Code of medical and sanitary regulations for the guidance of medical officers serving in the Madras Presidency - Volume II
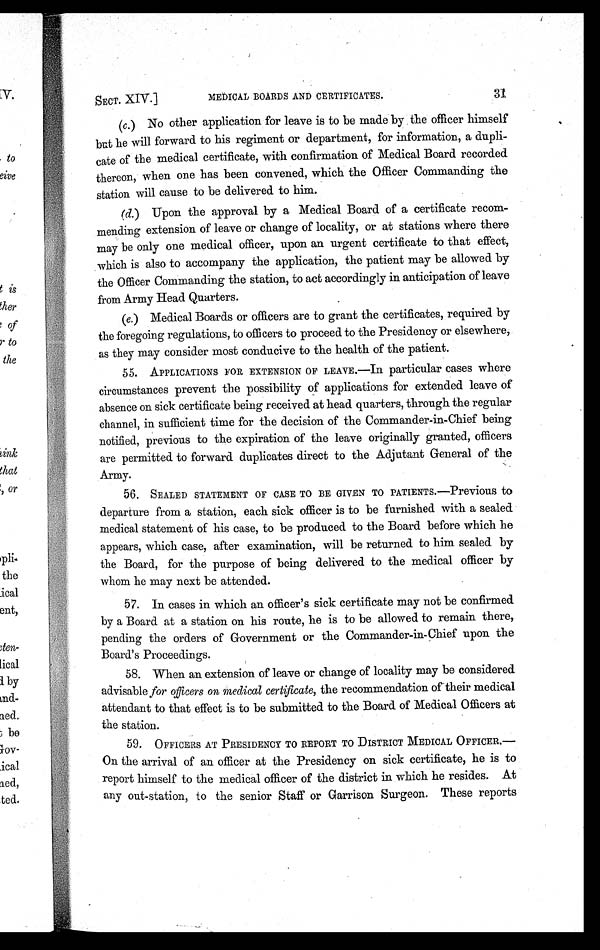
SECT. XIV.]
MEDICAL BOARDS AND CERTIFICATES.
31
(c.) No other application for leave is to be made by the officer himself
but he will forward to his regiment or department, for information, a dupli-
cate of the medical certificate, with confirmation of Medical Board recorded
thereon, when one has been convened, which the Officer Commanding the
station will cause to be delivered to him.
(d.) Upon the approval by a Medical Board of a certificate recom-
mending extension of leave or change of locality, or at stations where there
may be only one medical officer, upon an urgent certificate to that effect,
which is also to accompany the application, the patient may be allowed by
the Officer Commanding the station, to act accordingly in anticipation of leave
from Army Head Quarters.
(e.) Medical Boards or officers are to grant the certificates, required by
the foregoing regulations, to officers to proceed to the Presidency or elsewhere,
as they may consider most conducive to the health of the patient.
5 5 . A P P L I C A T I O N S F O R E X T E N S I O N O F L E A V E . — I nparticular cases where
circumstances prevent the possibility of applications for extended leave of
absence on sick certificate being received at head quarters, through the regular
channel, in sufficient time for the decision of the Commander-in-Chief being
notified, previous to the expiration of the leave originally granted, officers
are permitted to forward duplicates direct to the Adjutant General of the
Army.
56. SEALED STATEMENT OF CASE TO BE GIVEN TO PATIENTS.—Previous to
departure from a station, each sick officer is to be furnished with a sealed
medical statement of his case, to be produced to the Board before which he
appears, which case, after examination, will be returned to him sealed by
the Board, for the purpose of being delivered to the medical officer by
whom he may next be attended.
57. In cases in which an officer's sick certificate may not be confirmed
by a Board at a station on his route, he is to be allowed to remain there,
pending the orders of Government or the Commander-in-Chief upon the
Board's Proceedings.
58. When an extension of leave or change of locality may be considered
advisable for officers on medical certificate, the recommendation of their medical
attendant to that effect is to be submitted to the Board of Medical Officers at
the station.
59. OFFICERS AT PRESIDENCY TO REPORT TO DISTRICT MEDICAL OFFICER.—
On the arrival of an officer at the Presidency on sick certificate, he is to
report himself to the medical officer of the district in which he resides. At
any out-station, to the senior Staff or Garrison Surgeon. These reports